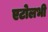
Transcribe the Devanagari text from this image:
एटोलभी